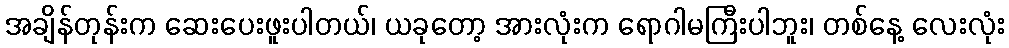
အချိန်တုန်းက ဆေးပေးဖူးပါတယ်၊ ယခုတော့ အားလုံးက ရောဂါမကြီးပါဘူး၊ တစ်နေ့ လေးလုံး